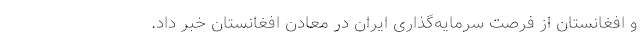
و افغانستان از فرصت سرمایه‌گذاری ایران در معادن افغانستان خبر داد.